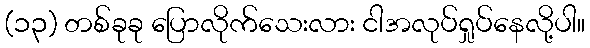
(၁၃) တစ်ခုခု ပြောလိုက်သေးလား ငါအလုပ်ရှုပ်နေလို့ပါ။